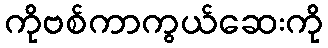
ကိုဗစ်ကာကွယ်ဆေးကို